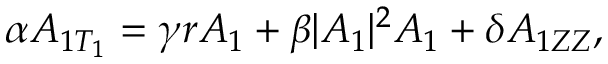
\alpha A _ { 1 T _ { 1 } } = \gamma r A _ { 1 } + \beta | A _ { 1 } | ^ { 2 } A _ { 1 } + \delta A _ { 1 Z Z } ,